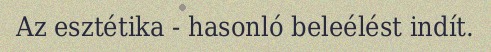
Az esztétika - hasonló beleélést indít.